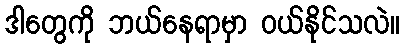
ဒါတွေကို ဘယ်နေရာမှာ ဝယ်နိုင်သလဲ။